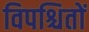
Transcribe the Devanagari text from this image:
विपश्चितों